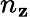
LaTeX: n_{\mathbf{z}}